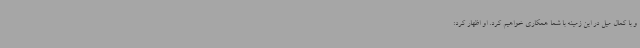
و با کمال میل در این زمینه با شما همکاری خواهیم کرد. او اظهار کرد: